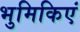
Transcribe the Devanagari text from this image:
भुमिकिएं